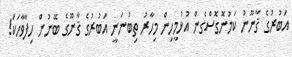
އަބުރުގެ ޤާނޫނު ކަމުނޮގޮސްގެން އުޅުމީހިން މިހާރު ތިބުނަނީ އަބުރުގެ ޤާނޫގެ ބޭނުން ހިފާވާހަކަ!